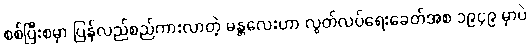
စစ်ပြီးစမှာ ပြန်လည်စည်ကားလာတဲ့ မန္တလေးဟာ လွတ်လပ်ရေးခေတ်အစ ၁၉၄၉ မှာပဲ